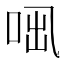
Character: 𠲫